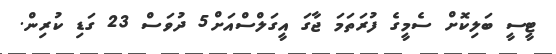
ޓީސީ ބަލިކޮށް ސެމީގެ ފުރަތަމަ ޖާގަ އީގަލްސްއަށް5 ދުވަސް 23 ގަޑި ކުރިން.